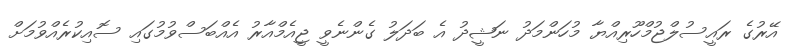
އޭރުގެ ރައީސުލްޖުމްހޫރިއްޔާ މުހަންމަދު ނަޝީދު އެ ބަދަލު ގެންނެވީ ޖީއެމްއާރު އެއްބަސްވުމުގައި ސޮއިކުރެއްވުމަށް